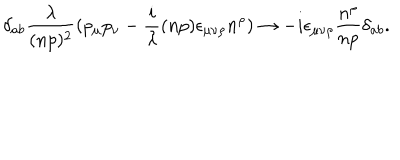
LaTeX: \delta _ { a b } { \frac { \lambda } { ( n p ) ^ { 2 } } } ( p _ { \mu } p _ { \nu } - { \frac { i } { \lambda } } ( n p ) \epsilon _ { \mu \nu \rho } n ^ { \rho } ) \rightarrow - i \epsilon _ { \mu \nu \rho } { \frac { n ^ { \rho } } { n p } } \delta _ { a b } .